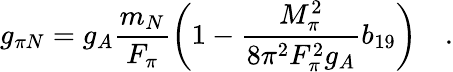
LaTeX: g_{\pi N}=g_{A}\frac{m_{N}}{F_{\pi}}\left(1-\frac{M_{\pi}^{2}}{8\pi^{2}F_{\pi}^{2}g_{A}}b_{19}\right)\quad.